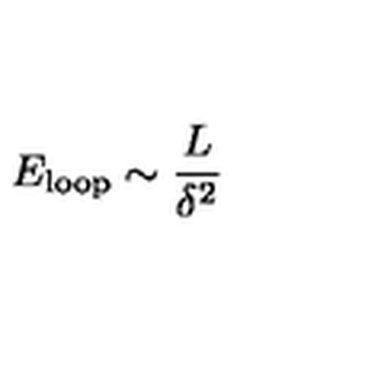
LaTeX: E _ { \mathrm { l o o p } } \sim \frac { L } { \delta ^ { 2 } }